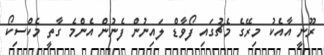
ރޫނީ އާއެކު މިރޭގެ މެޗުގައި ފޯވާޑް ލައިނުން ފެނުން އެންމެ ގާތީ މެކްސިކޯ